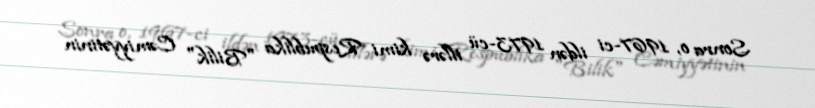
Sonra o, 1967-ci ildən 1973-cü illərə kimi Respublika "Bilik" Cəmiyyətinin